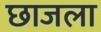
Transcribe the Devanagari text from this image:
छाजला